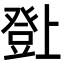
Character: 𤼸